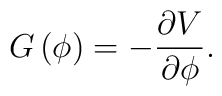
G\left(\phi\right)=-{\partial V \over \partial \phi}.